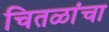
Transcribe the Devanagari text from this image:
चितळांचा